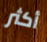
أكثر